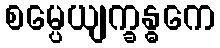
စမ္ပေယျက္ခန္ဓကေ